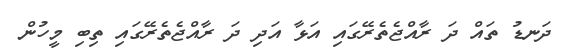
ދަނޑު ތައް ދަ ރާއްޖެތެރޭގައި އަޅާ އަދި ދަ ރާއްޖެތެރޭގައި ތިބި މީހުން